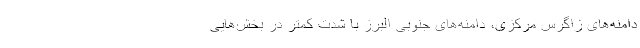
دامنه‌های زاگرس مرکزی، دامنه‌های جنوبی البرز با شدت کمتر در بخش‌هایی